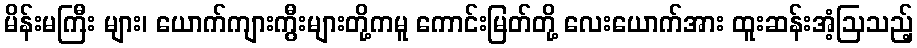
မိန်းမကြီး များ၊ ယောက်ကျားကွီးများတို့ကမူ ကောင်းမြတ်တို့ လေးယောက်အား ထူးဆန်းအံ့ဩသည့်